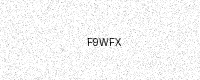
Text: F9WFX